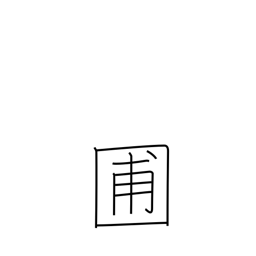
Meaning: garden